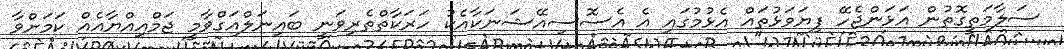
ސަލާމަތީގޮތުން އަޅަންޖެހޭ ފިޔަވަޅުތައް އެޅުމުގައި އެ އެސޮސިއޭޝަނަކާއެކު ހަރަކާތްތެރިވަނީ ބައިނަލްއަގްވާމީ ޖަމްއިއްޔާއެއް ކަމަށްވާ